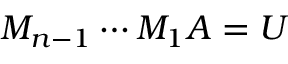
M _ { n - 1 } \cdots M _ { 1 } A = U